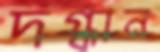
দগ্ধান